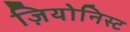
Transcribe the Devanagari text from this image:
ज़ियोनिस्ट